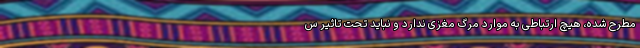
مطرح شده، هیچ ارتباطی به موارد مرگ مغزی ندارد و نباید تحت تاثیر س